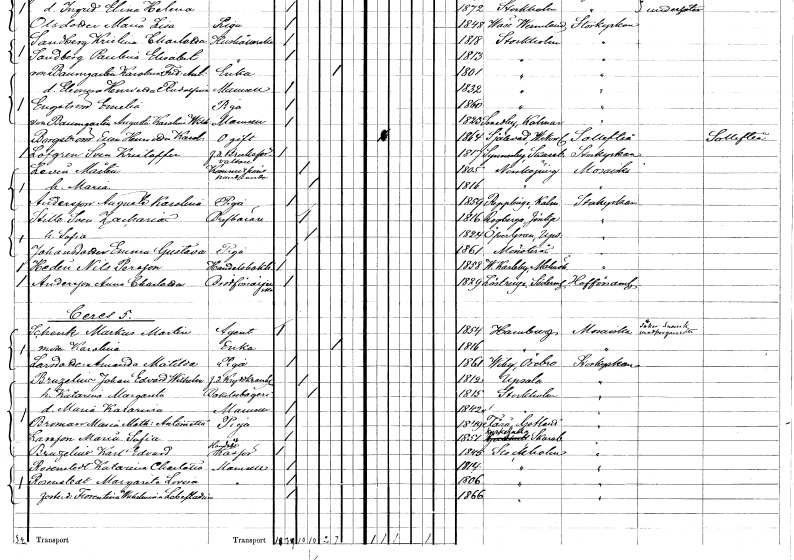
gt_parse: households: individuals: FN: Sven Kristoffer
EN: Löfgren
YRKE: Bruksförvaltare f.d.
KON: M
CIV: O
FODAR: 1817
FODFORS: Synnerby Skaraborgs län
FN: Mårten
EN: Levin
YRKE: Kommissionär Handlande
KON: M
CIV: G
FODAR: 1805
FODFORS: Norrköping Östergötlands län
FN: Maria
KON: K
CIV: G
FODAR: 1816
FODFORS: Norrköping Östergötlands län
FN: Augusta Karolina
EN: Andersson
YRKE: Piga
KON: K
CIV: O
FODAR: 1859
FODFORS: Räpplinge Kalmar län
FN: Sven Zacharias
EN: Stille
YRKE: Brevbärare
KON: M
CIV: G
FODAR: 1816
FODFORS: Rogberga Jönköpings län
FN: Sofia
KON: K
CIV: G
FODAR: 1824
FODFORS: Övergran Uppsala län
FN: Emma Gustava
EN: Johansdotter
YRKE: Piga
KON: K
CIV: O
FODAR: 1861
FODFORS: Mönsterås Kalmar län
FN: Nils
EN: Hedin Persson
YRKE: Handelsbokhållare
KON: M
CIV: O
FODAR: 1858
FODFORS: Västra Karaby Malmöhus län
FN: Anna Charlotta
EN: Andersson
YRKE: Brödförsäljerska
KON: K
CIV: O
FODAR: 1829
FODFORS: Lästringe Södermanlands län
FN: Markus Martin
EN: Schenk
YRKE: Agent
KON: M
CIV: O
FODAR: 1854
FN: Karolina
KON: K
CIV: E
FODAR: 1816
FN: Amanda Matilda
EN: Larsdotter
YRKE: Piga
KON: K
CIV: O
FODAR: 1861
FODFORS: Viby Örebro län
FN: Johan Edvard Wilhelm
EN: Bruzelius
YRKE: Kryddhandlare f.d.
KON: M
CIV: G
FODAR: 1812
FODFORS: Uppsala Uppsala län
FN: Katarina Margareta
YRKE: Bakelsetillverkare
KON: K
CIV: G
FODAR: 1815
FODFORS: Stockholm
FN: Maria Katarina
KON: K
CIV: O
FODAR: 1842
FODFORS: Stockholm
FN: Maria Mathilda Antoinetta
EN: Broman
YRKE: Piga
KON: K
CIV: O
FODAR: 1849
FODFORS: Fårö Gotlands län
FN: Maria Sofia
EN: Larsson
YRKE: Piga
KON: K
CIV: O
FODAR: 1851
FODFORS: Kyrkefalla Skaraborgs län
FN: Karl Edvard
EN: Bruzelius
YRKE: Handelskassör
KON: M
CIV: O
FODAR: 1845
FODFORS: Stockholm
FN: Katarina Charlotta
EN: Rosenstedt
KON: K
CIV: O
FODAR: 1814
FODFORS: Stockholm
FN: Margareta Lovisa
EN: Rosenstedt
KON: K
CIV: O
FODAR: 1806
FODFORS: Stockholm
FN: Florentina Wilhelmina
EN: Sabestadius
KON: K
CIV: O
FODAR: 1866
FODFORS: Stockholm